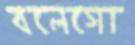
বলেগো